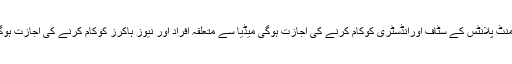
سیمنٹ پلانٹس کے سٹاف اورانڈسٹری کوکام کرنے کی اجازت ہوگی میڈیا سے متعلقہ افراد اور نیوز ہاکرز کوکام کرنے کی اجازت ہوگی۔